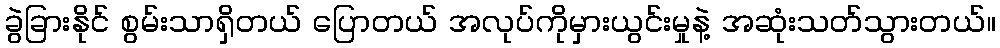
ခွဲခြားနိုင် စွမ်းသာရှိတယ် ပြောတယ် အလုပ်ကိုမှားယွင်းမှုနဲ့ အဆုံးသတ်သွားတယ်။